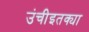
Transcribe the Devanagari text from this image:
उंचीइतक्या